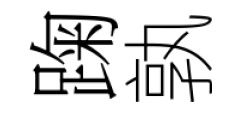
踘孰